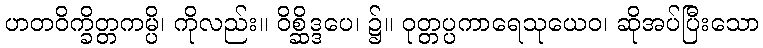
ဟတဝိက္ခိတ္တကမ္ပိ၊ ကိုလည်း။ ဝိစ္ဆိဒ္ဒပေ၊ ၌။ ဝုတ္တပ္ပကာရေသုယေဝ၊ ဆိုအပ်ပြီးသော